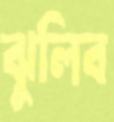
ঝুলিব